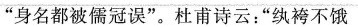
”身名都被儒冠误”。杜甫诗云：”纨袴不饿